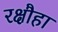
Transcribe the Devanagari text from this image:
रक्षौहा